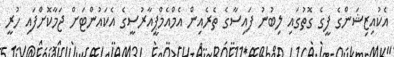
އެކުއިޒިޝަންގެ ފީގެ ގޮތުގައި ލިބުނު ފައިސާގެ ތެރެއިން އެމްއެމްޕީއާރުސީގެ އެކައުންޓަށް ޖަމާކޮށްފައި ހުރީ